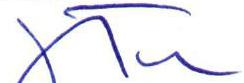
J Tu